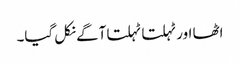
اٹھا اور ٹہلتا ٹہلتا آگے نکل گیا۔